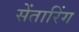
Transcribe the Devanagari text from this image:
सेंतारिंग